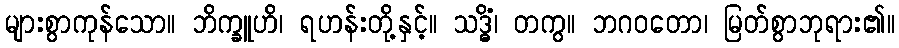
များစွာကုန်သော။ ဘိက္ခူဟိ၊ ရဟန်းတို့နှင့်။ သဒ္ဓိံ၊ တကွ။ ဘဂဝတော၊ မြတ်စွာဘုရား၏။